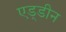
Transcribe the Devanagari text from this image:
एड्डीन